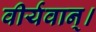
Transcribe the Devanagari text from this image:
वीर्यवान्।